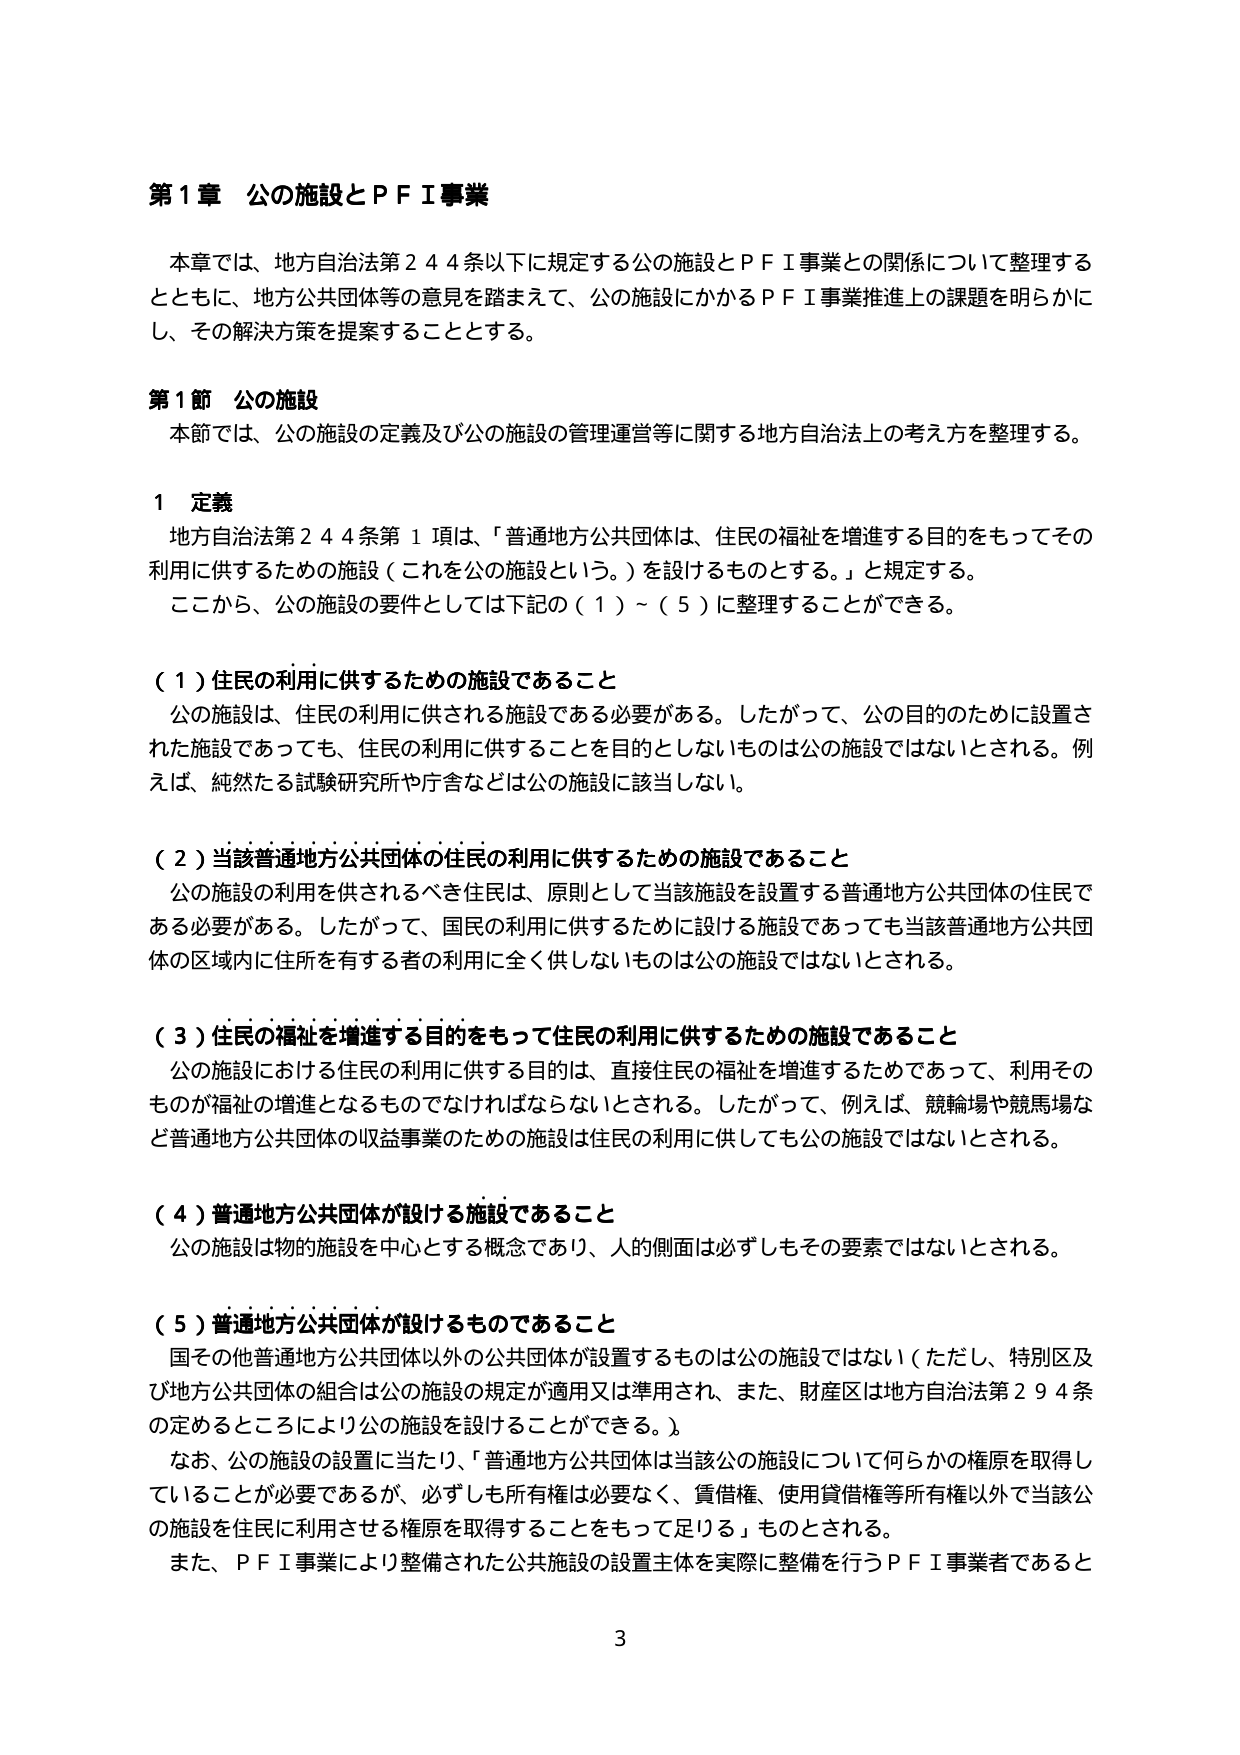
第１章 公の施設とＰＦＩ事業

本章では、地方自治法第２４４条以下に規定する公の施設とＰＦＩ事業との関係について整理するとともに、地方公共団体等の意見を踏まえて、公の施設にかかるＰＦＩ事業推進上の課題を明らかにし、その解決方策を提案することとする。

第１節 公の施設

本節では、公の施設の定義及び公の施設の管理運営等に関する地方自治法上の考え方を整理する。

１ 定義

地方自治法第２４４条第１項は、「普通地方公共団体は、住民の福祉を増進する目的をもってその利用に供するための施設（これを公の施設という。）を設けるものとする。」と規定する。

ここから、公の施設の要件としては下記の（１）～（５）に整理することができる。

（１）住民の利用に供するための施設であること

公の施設は、住民の利用に供される施設である必要がある。したがって、公の目的のために設置された施設であっても、住民の利用に供することを目的としないものは公の施設ではないとされる。例えば、純然たる試験研究所や庁舎などは公の施設に該当しない。

（２）当該普通地方公共団体の住民の利用に供するための施設であること

公の施設の利用を供されるべき住民は、原則として当該施設を設置する普通地方公共団体の住民である必要がある。したがって、国民の利用に供するために設ける施設であっても当該普通地方公共団体の区域内に住所を有する者の利用に全く供しないものは公の施設ではないとされる。

（３）住民の福祉を増進する目的をもって住民の利用に供するための施設であること

公の施設における住民の利用に供する目的は、直接住民の福祉を増進するためであって、利用そのものが福祉の増進となるものでなければならないとされる。したがって、例えば、競輪場や競馬場など普通地方公共団体の収益事業のための施設は住民の利用に供しても公の施設ではないとされる。

（４）普通地方公共団体が設ける施設であること

公の施設は物的施設を中心とする概念であり、人的側面は必ずしもその要素ではないとされる。

（５）普通地方公共団体が設けるものであること

国その他普通地方公共団体以外の公共団体が設置するものは公の施設ではない（ただし、特別区及び地方公共団体の組合は公の施設の規定が適用又は準用され、また、財産区は地方自治法第２９４条の定めるところにより公の施設を設けることができる。）。

なお、公の施設の設置に当たり、「普通地方公共団体は当該公の施設について何らかの権原を取得していることが必要であるが、必ずしも所有権は必要なく、賃借権、使用貸借権等所有権以外で当該公の施設を住民に利用させる権原を取得することをもって足りる」ものとされる。

また、ＰＦＩ事業により整備された公共施設の設置主体を実際に整備を行うＰＦＩ事業者であると

3